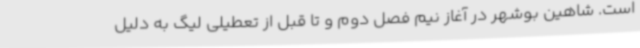
است. شاهین بوشهر در آغاز نیم فصل دوم و تا قبل از تعطیلی لیگ به دلیل